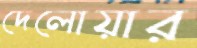
দেলোয়ার